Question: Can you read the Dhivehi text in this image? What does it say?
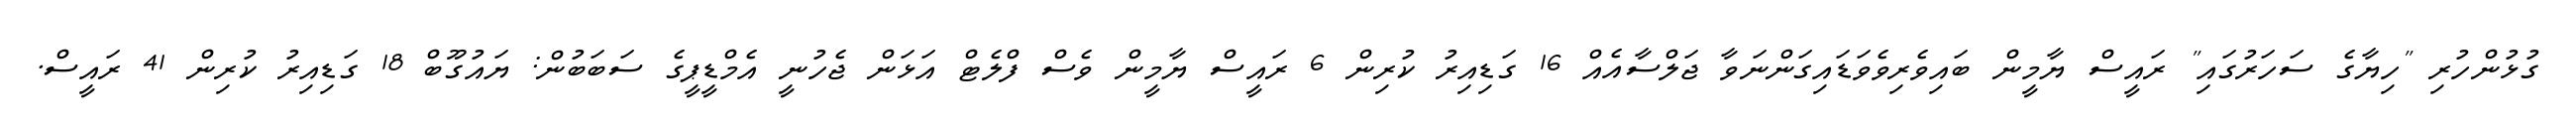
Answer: ގުޅުންހުރި "ހިޔާގެ ސަހަރުގައި" ރައީސް ޔާމީން ބައިވެރިވެވަޑައިގަންނަވާ ޖަލްސާއެއް 16 ގަޑިއިރު ކުރިން 6 ރައީސް ޔާމީން ވެސް ފްލެޓް އަޅަން ޖެހުނީ އެމްޑީޕީގެ ސަބަބުން: ޔައުގޫބް 18 ގަޑިއިރު ކުރިން 41 ރައީސް.